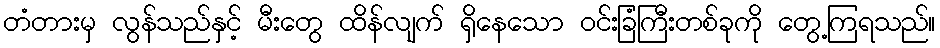
တံတားမှ လွန်သည်နှင့် မီးတွေ ထိန်လျက် ရှိနေသော ဝင်းခြံကြီးတစ်ခုကို တွေ့ကြရသည်။